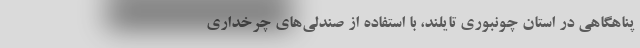
پناهگاهی در استان چونبوری تایلند، با استفاده از صندلی‌های چرخداری